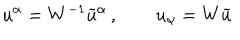
u ^ { \alpha } = W ^ { - 1 } \widetilde { u } ^ { \alpha } \, , \qquad u _ { \alpha } = W \widetilde { u }